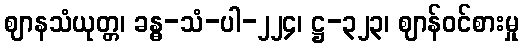
ဈာနသံယုတ္တ၊ ခန္ဓ-သံ-ပါ-၂၂၄၊ ဋ္ဌ-၃၂၃၊ ဈာန်ဝင်စားမှု